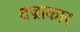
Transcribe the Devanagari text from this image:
वज्राकार